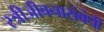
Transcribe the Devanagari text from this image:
स्त्रीजीवनासंबंधी